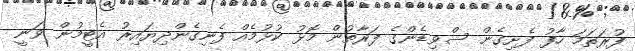
ފުރަތަމަ ހާފު ފެށިގެން ސްވިޑެންގެ ފަރާތުން މޮޅު ކުޅުމެއް ފެނިގެންދިޔައިރު އެޓީމުން ވަނީ